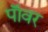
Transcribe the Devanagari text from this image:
पाॅवर